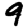
Digit: 9